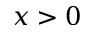
x > 0